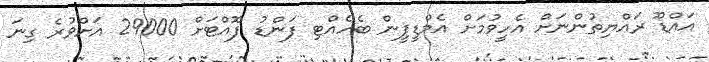
އައްޑޫ ރައްޔިތުންނަށް އެހީވުމަށް އެމްޑީޕީން ބެހެއްޓި ފަންޑު ފޮއްޓަށް 29000 އަށްވުރެ ގިނަ